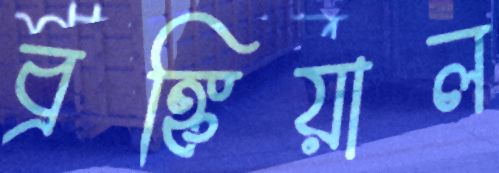
ব্রঙ্কিয়াল